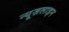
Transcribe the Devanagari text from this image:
न्यूज़लाइन